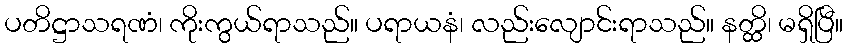
ပတိဋ္ဌာသရဏံ၊ ကိုးကွယ်ရာသည်။ ပရာယနံ၊ လည်းလျောင်းရာသည်။ နတ္ထိ၊ မရှိပြီ။